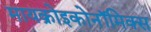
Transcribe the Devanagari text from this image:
मायक्रोइकोनॉमिक्स